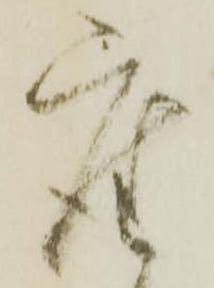
座